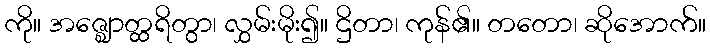
ကို။ အဇ္ဈောတ္ထရိတွာ၊ လွှမ်းမိုး၍။ ဌိတာ၊ ကုန်၏။ တတော၊ ဆိုအောက်။